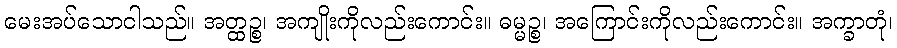
မေးအပ်သောငါသည်။ အတ္ထဉ္စ၊ အကျိုးကိုလည်းကောင်း။ ဓမ္မဉ္စ၊ အကြောင်းကိုလည်းကောင်း။ အက္ခာတုံ၊